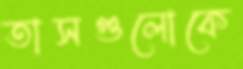
তাসগুলোকে